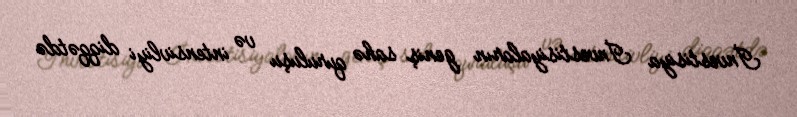
İnvestisiya İnvestisiyaların geniş sahə quruluşu və intensivliyi diqqətdə